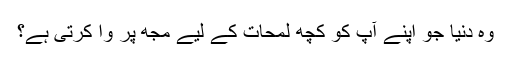
وہ دنیا جو اپنے آپ کو کچھ لمحات کے لیے مجھ پر وا کرتی ہے؟